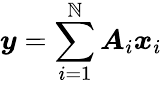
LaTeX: \boldsymbol{y}=\sum_{i=1}^{\mathbb{N}}{\boldsymbol{A}_{i}}{\boldsymbol{x}_{i}}